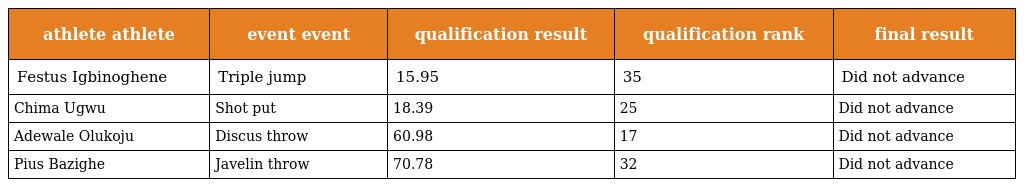
| athlete athlete | event event | qualification result | qualification rank | final result |
 | --- | --- | --- | --- | --- |
 | Festus Igbinoghene | Triple jump | 15.95 | 35 | Did not advance |
 | Chima Ugwu | Shot put | 18.39 | 25 | Did not advance |
 | Adewale Olukoju | Discus throw | 60.98 | 17 | Did not advance |
 | Pius Bazighe | Javelin throw | 70.78 | 32 | Did not advance |